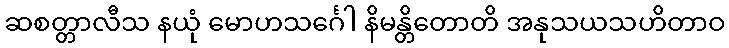
ဆစတ္တာလီသ နယုံ မောဟသင်္ဂေါ နိမန္တိတောတိ အနုသယသဟိတာဝ